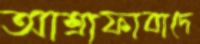
আশ্রাফাবাদে